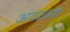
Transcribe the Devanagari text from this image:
आवयश्क